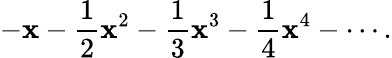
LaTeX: -\mathbf{x}-{\frac{{1}}{{2}}}\mathbf{x}^{2}-{\frac{{1}}{{3}}}\mathbf{x}^{3}-{\frac{{1}}{{4}}}\mathbf{x}^{4}-\cdots.